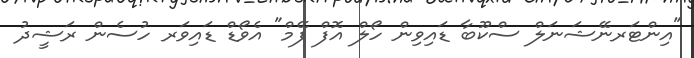
"އިންޓަރނޭޝަނަލް ސްކޫބާ ޑައިވިން ހޯލް އޮފް ފޭމް" އެވޯޑް ޑައިވަރ ހުސެން ރަޝީދު